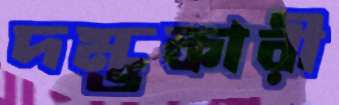
দম্ভকারী